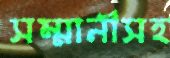
সম্মানীসহ